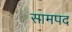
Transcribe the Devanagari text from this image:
सामपद